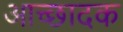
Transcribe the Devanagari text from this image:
आच्छादक